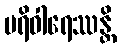
ပရိဝါရေဿန္တိ